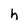
Character: h